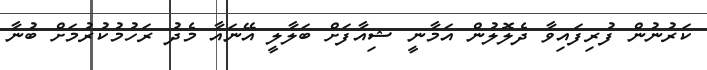
ކަރުނުން ފުރިފައިވާ ދެލޮލުން އަމާނީ ޝިއާފަށް ބަލާލީ އޭނައާ މެދު ރަހުމުކުރުމަށް ބުނާ